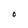
Character: O